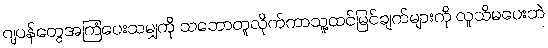
ဂျပန်တွေအကြံပေးသမျှကို သဘောတူလိုက်ကာသူ့ထင်မြင်ချက်များကို လူသိမပေးဘဲ